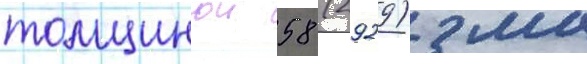
толщинои 58 (2929) мм